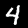
Label: 4